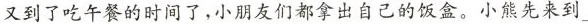
又到了吃午餐的时间了，小朋友们都拿出自己的饭盒。小熊先来到___